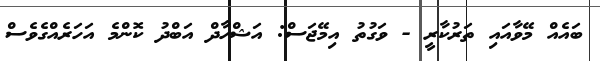
ބައެއް މޭވާއައި ތަރުކާރީ - ވަގުތު އިމޭޖަސް: އަޝްހާދް އަބްދު ކޮންމެ އަހަރެއްގެވެސް